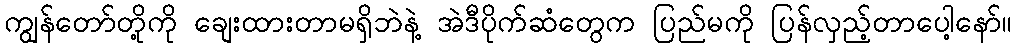
ကျွန်တော်တို့ကို ချေးထားတာမရှိဘဲနဲ့ အဲဒီပိုက်ဆံတွေက ပြည်မကို ပြန်လှည့်တာပေါ့နော်။